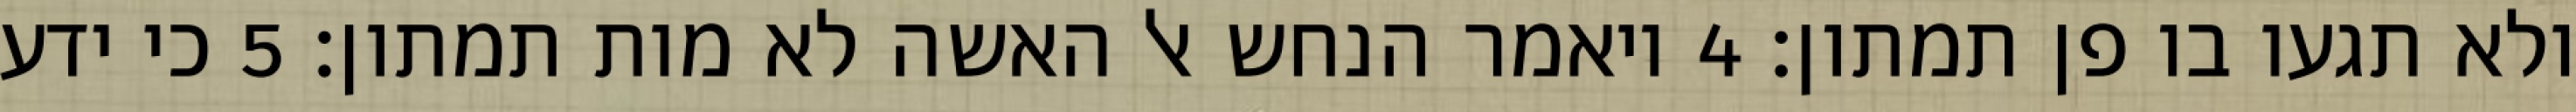
ולא תגעו בו פן תמתון׃ ‎4‏ ויאמר הנחש אל האשה לא מות תמתון׃ ‎5‏ כי ידע